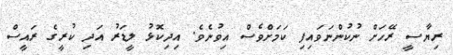
ރިޔާސީ ރޭހަށް ނުކުންނަވައިފި ކަމަށްވެސް އިވުނެވެ. އިދިކޮޅު ލީޑަރު އަދި ކުރީގެ ރައީސް